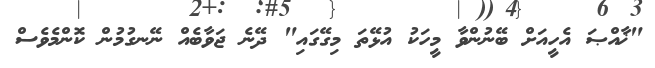
"ޚާއްޞަ އެހީއަށް ބޭނުންވާ މީހަކު އުޅޭތަ މިގޭގައި" ދޭނެ ޖަވާބެއް ނޭނގުމުން ކޮންމެވެސް